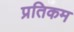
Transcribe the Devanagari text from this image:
प्रतिकम